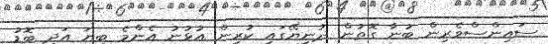
ސައިންސްވެރިން ބުނާ ގޮތުން ދުނިޔޭގައި ކުރިން އުޅުނު އެންމެ ބިޔަ އަދި ބޮޑު